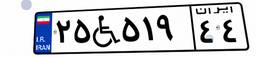
۹۴W۷۸۳۲۴